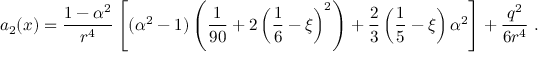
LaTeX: a _ { 2 } ( x ) = \frac { 1 - \alpha ^ { 2 } } { r ^ { 4 } } \left[ ( \alpha ^ { 2 } - 1 ) \left( \frac 1 { 9 0 } + 2 \left( \frac 1 6 - \xi \right) ^ { 2 } \right) + \frac 2 3 \left( \frac 1 5 - \xi \right) \alpha ^ { 2 } \right] + \frac { q ^ { 2 } } { 6 r ^ { 4 } } \ .